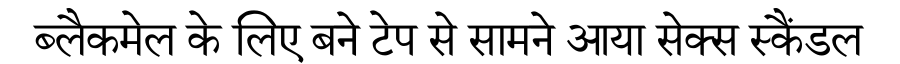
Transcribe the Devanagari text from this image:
ब्लैकमेल के लिए बने टेप से सामने आया सेक्स स्कैंडल